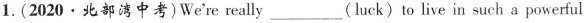
1.(2020·北部湾中考)We're really ___ ( luck) to live in such a powerful